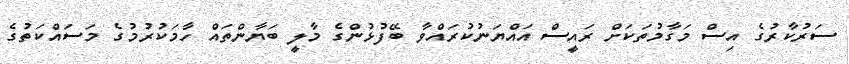
ސަރުކާރުގެ އިސް މަގާމުތަކަށް ރައީސް އައްޔަނުކުރައްވާ ބޭފުޅުންގެ މާލީ ބަޔާންތައް ހާމަކުރުމުގެ މަސައްކަތުގެ